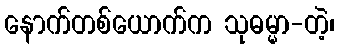
နောက်တစ်ယောက်က သုဓမ္မာ-တဲ့၊